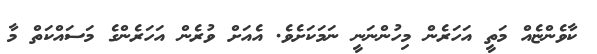
ކާވެންޏެއް މަތީ އަހަރެން މިހުންނަނީ ނަމަކަށެވެ. އެއަށް ވުރެން އަހަރެންގެ މަސައްކަތް މާ